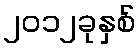
၂၀၁၂ခုနှစ်